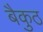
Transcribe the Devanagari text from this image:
बैकुठ